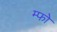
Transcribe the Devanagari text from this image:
म्फो